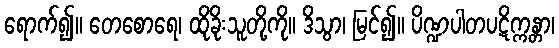
ရောက်၍။ တေစောရေ၊ ထိုခိုးသူတို့ကို။ ဒိသွာ၊ မြင်၍။ ပိဏ္ဍပါတပဋိက္ကန္တာ၊